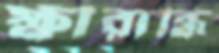
ক্ষীরাব্ধি